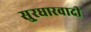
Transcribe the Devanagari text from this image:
सु्रधारवादी